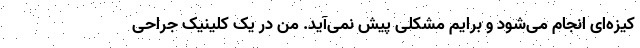
کیزه‌ای انجام می‌شود و برایم مشکلی پیش نمی‌آید. من در یک کلینیک جراحی